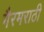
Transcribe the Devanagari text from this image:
गैरमराठी